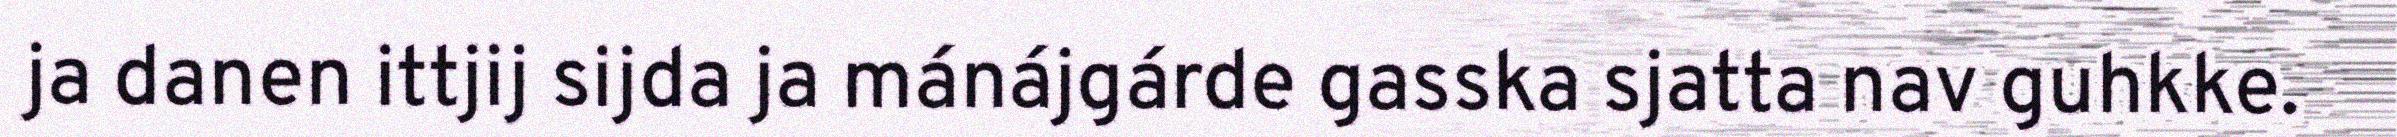
ja danen ittjij sijda ja mánájgárde gasska sjatta nav guhkke.